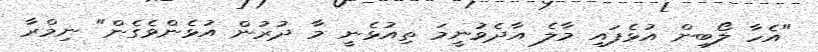
"އެހާ ލޯބިން އުޅެފައި މާލެ އާދެވުނީމަ ތިއުޅެނީ މާ ދުރުން އުޅެންވެގެން" ނިމްރާ